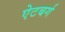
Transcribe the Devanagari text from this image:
ऐटबर्ग